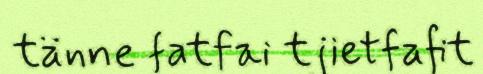
tänne fatfai tjietfafit